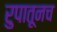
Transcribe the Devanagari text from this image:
रुपातूनच